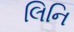
લિનિ